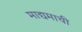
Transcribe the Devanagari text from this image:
माद्यमाची